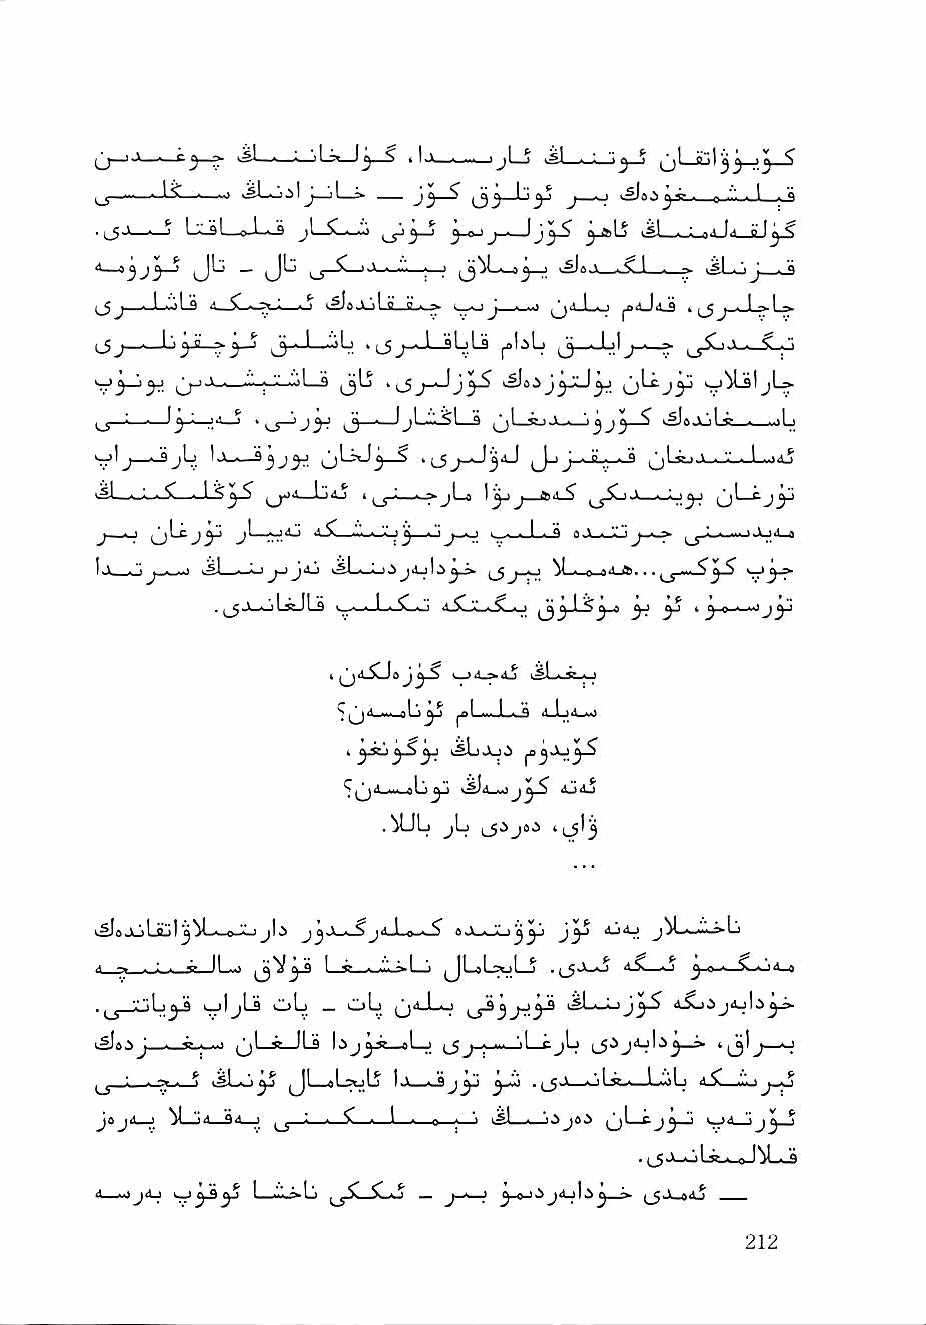
U
 .sL-j^ 1 J_i         j_o
 LlsI—0-^-^ ji_$L^ i_s^3-^ —'j3^ ^Ij -.sL^
 •1—1^J^_J Jb _ ijb ^_j_$L_>J_^JL_^ ^s)«J .xj iSLoJ Js
 J_5j—J-CiLs  —o I^ejul t„ g...^ ^ U'*"^ ^"iJil-S t( Jj-J-^L^
 3—L-ib .(jj_JLjbLa J^fib ,j_Jj1j_^
 >j^_!>^   ."■)-;i-'-i—jLfl i_3^    o^j3^
 L__lyL^4_5       _JjLi^La           >s!»jjiLs_^—.b
 ^ Ij&j Jl-^J^^L. jdS
 -'>■».■ C— ^^d_Ju45 t^'« i.« jLo \'^ ^^jSLj ^
 J j4j >sL._L) i J ij I i ^j-yJ M . c »A gl. . .
 yj I y t *
 1 ^^iLSLJoj^-5 k^b^.K-0
 >^^-w-ob^ ^"1 ... I . a A-bd-i.^*
 ^^d^.«.i^b^ jy^ Odj
 .^b jb i_5Jj8g 'ls'j
 jLjljulj^---e."-'jl^ jj.V-i-5>jaJ.o..i^ jV--—'"■'»b
 •■ ~ ■ ■ ■ ° II ■■■ I_s_wlLiL_i JL)L»ul_j .^Ji_o 4.S—•£ y-a-^S^i-n
 ^ '.' "i 1 < y tt k—ijjlj vll>b _ ob |j>ul_o j d.Sjgj4jli^^
 jl ^ II a bjjJi—eL-j _jl cjb  ^ 4jjj
 ^ ijbo^ Jb-cLsulj I..V—-J yJ^ •1^'^ ol^Ti,'—Li.ib iS. iij
 _j ksl—i jgjoi    "j3 ^
 V. "lA "4^
 .      e I^LaJ
 A .ojtLj   I •'■' 1 '■ ^ 1-^ ^ ■•. 1 ^ 0 1.^ j<Ljb j i>.